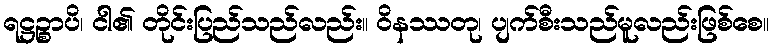
ရဋ္ဌဉ္စာပိ၊ ငါ၏ တိုင်းပြည်သည်လည်း။ ဝိနဿတု၊ ပျက်စီးသည်မူလည်းဖြစ်စေ။